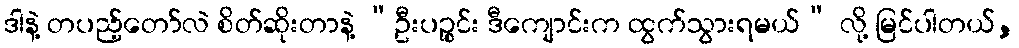
ဒါနဲ့ တပည့်တော်လဲ စိတ်ဆိုးတာနဲ့ “ဦးပဉ္စင်း ဒီကျောင်းက ထွက်သွားရမယ်” လို့ မြင်ပါတယ်,